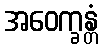
အဝေက္ခန္တံ